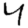
Digit: 4